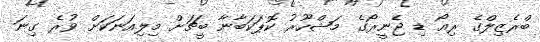
ބްރެޒިލްގެ ރިއޯ ޑި ޖެނީރޯގެ މަޝްހޫރު ކޮޕަކަބާނާ ބީޗަށް މިލިއަނަކަށް ވުރެ ގިނަ